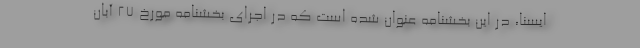
ایسنا، در این بخشنامه عنوان شده است که در اجرای بخشنامه مورخ ۲۷ آبان